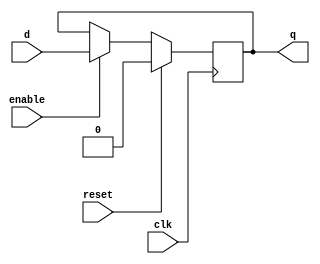
module d_flip_flop (
    input wire clk,
    input wire reset,
    input wire enable,
    input wire d,
    output reg q
);

always @(posedge clk) begin
    if (reset)
        q <= 1'b0;
    else if (enable)
        q <= d;
end

endmodule